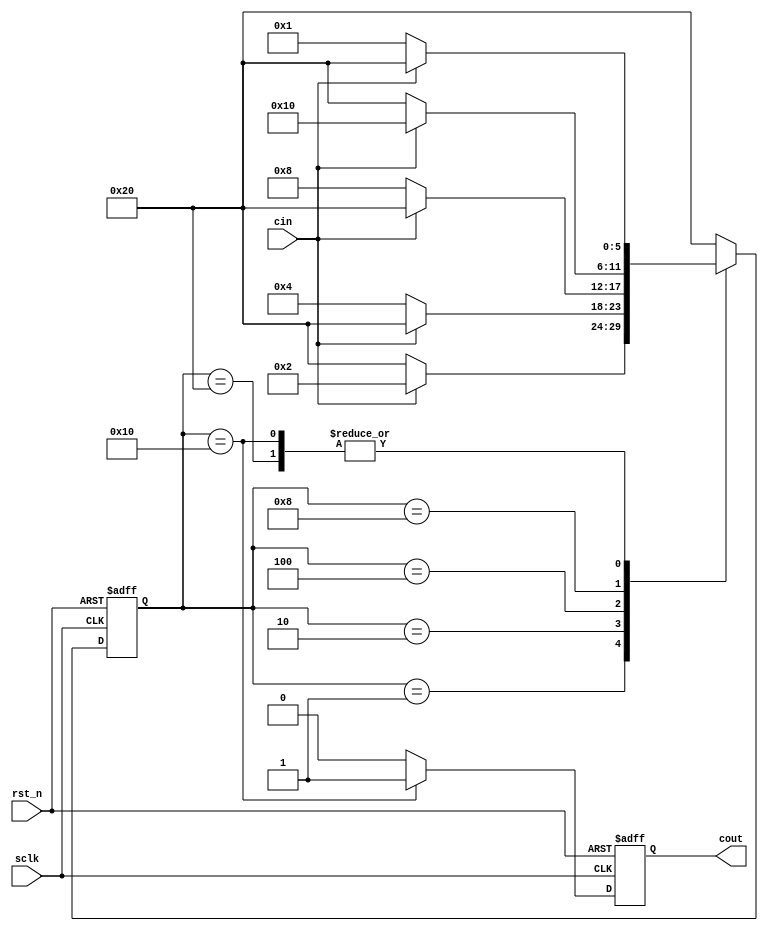
module ex_fsm_sd(
    input wire sclk,
    input wire rst_n,
    input wire cin,
    output reg cout
);

//  10010 cout  1 0
// cin 0 -> 1 -> 0 -> 0 -> 1
//  S0 cin 
// cin   :  X ->  0  -> 1  -> 0  -> 0  -> 1  -> 0  / 1
// State :  S0 -> S1 -> S2 -> S3 -> S4 -> S5 -> S1 / S0
// cout  :   0 ->  0 ->  0 ->  0 ->  0 ->  1 ->  0 /  0

parameter S0 = 6'b100000;
parameter S1 = 6'b000001;
parameter S2 = 6'b000010;
parameter S3 = 6'b000100;
parameter S4 = 6'b001000;
parameter S5 = 6'b010000;

reg [5:0] state;

// 
always @(posedge sclk or negedge rst_n ) begin
    if(rst_n == 1'b0) begin
        state <= S0;
    end else begin
        case(state)
            S0: begin
                if(cin == 1'b0) state <= S1;
                else state <= S0;
            end
            S1: begin
                if(cin == 1'b1) state <= S2;
                else state <= S0;
            end
            S2: begin
                if(cin == 1'b0) state <= S3;
                else state <= S0;
            end
            S3: begin
                if(cin == 1'b0) state <= S4;
                else state <= S0;
            end
            S4: begin
                if(cin == 1'b1) state <= S5;
                else state <= S0;
            end
            S5: begin
                if(cin == 1'b0) state <= S1;
                else state <= S0;
            end
            default: state <= S0;
        endcase
    end
end


// 
always @(posedge sclk or negedge rst_n) begin
    if(rst_n == 1'b0)
        cout <= 1'b0;
    else begin
        case(state)
                 S5: cout <= 1'b1;
            default: cout <= 1'b0;
        endcase
    end
end


endmodule